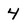
Character: 4